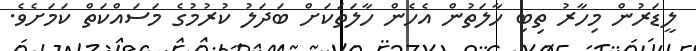
ލީޑަރުން މިހާރު ތިބި ހާލަތުން އެހެން ހާލަތަކަށް ބަދަލު ކުރުމުގެ މަސައްކަތް ކަމަށެވެ.